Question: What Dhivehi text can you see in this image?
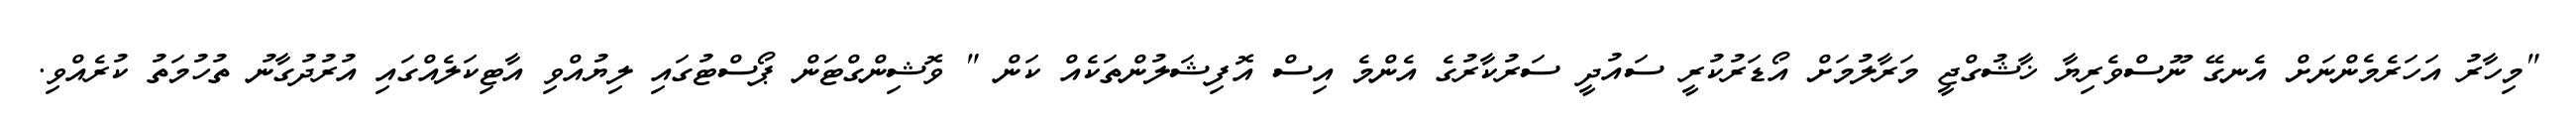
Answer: "މިހާރު އަހަރެމެންނަށް އެނގޭ ނޫސްވެރިޔާ ޚާޝުގްޖީ މަރާލުމަށް އޯޑަރުކުރީ ސައުދީ ސަރުކާރުގެ އެންމެ އިސް އޮފިޝަލުންތަކެއް ކަން " ވޮޝިންގްޓަން ޕޯސްޓުގައި ލިޔުއްވި އާޓިކަލެއްގައި އުރުދުގާނު ތުހުމަތު ކުރެއްވި.